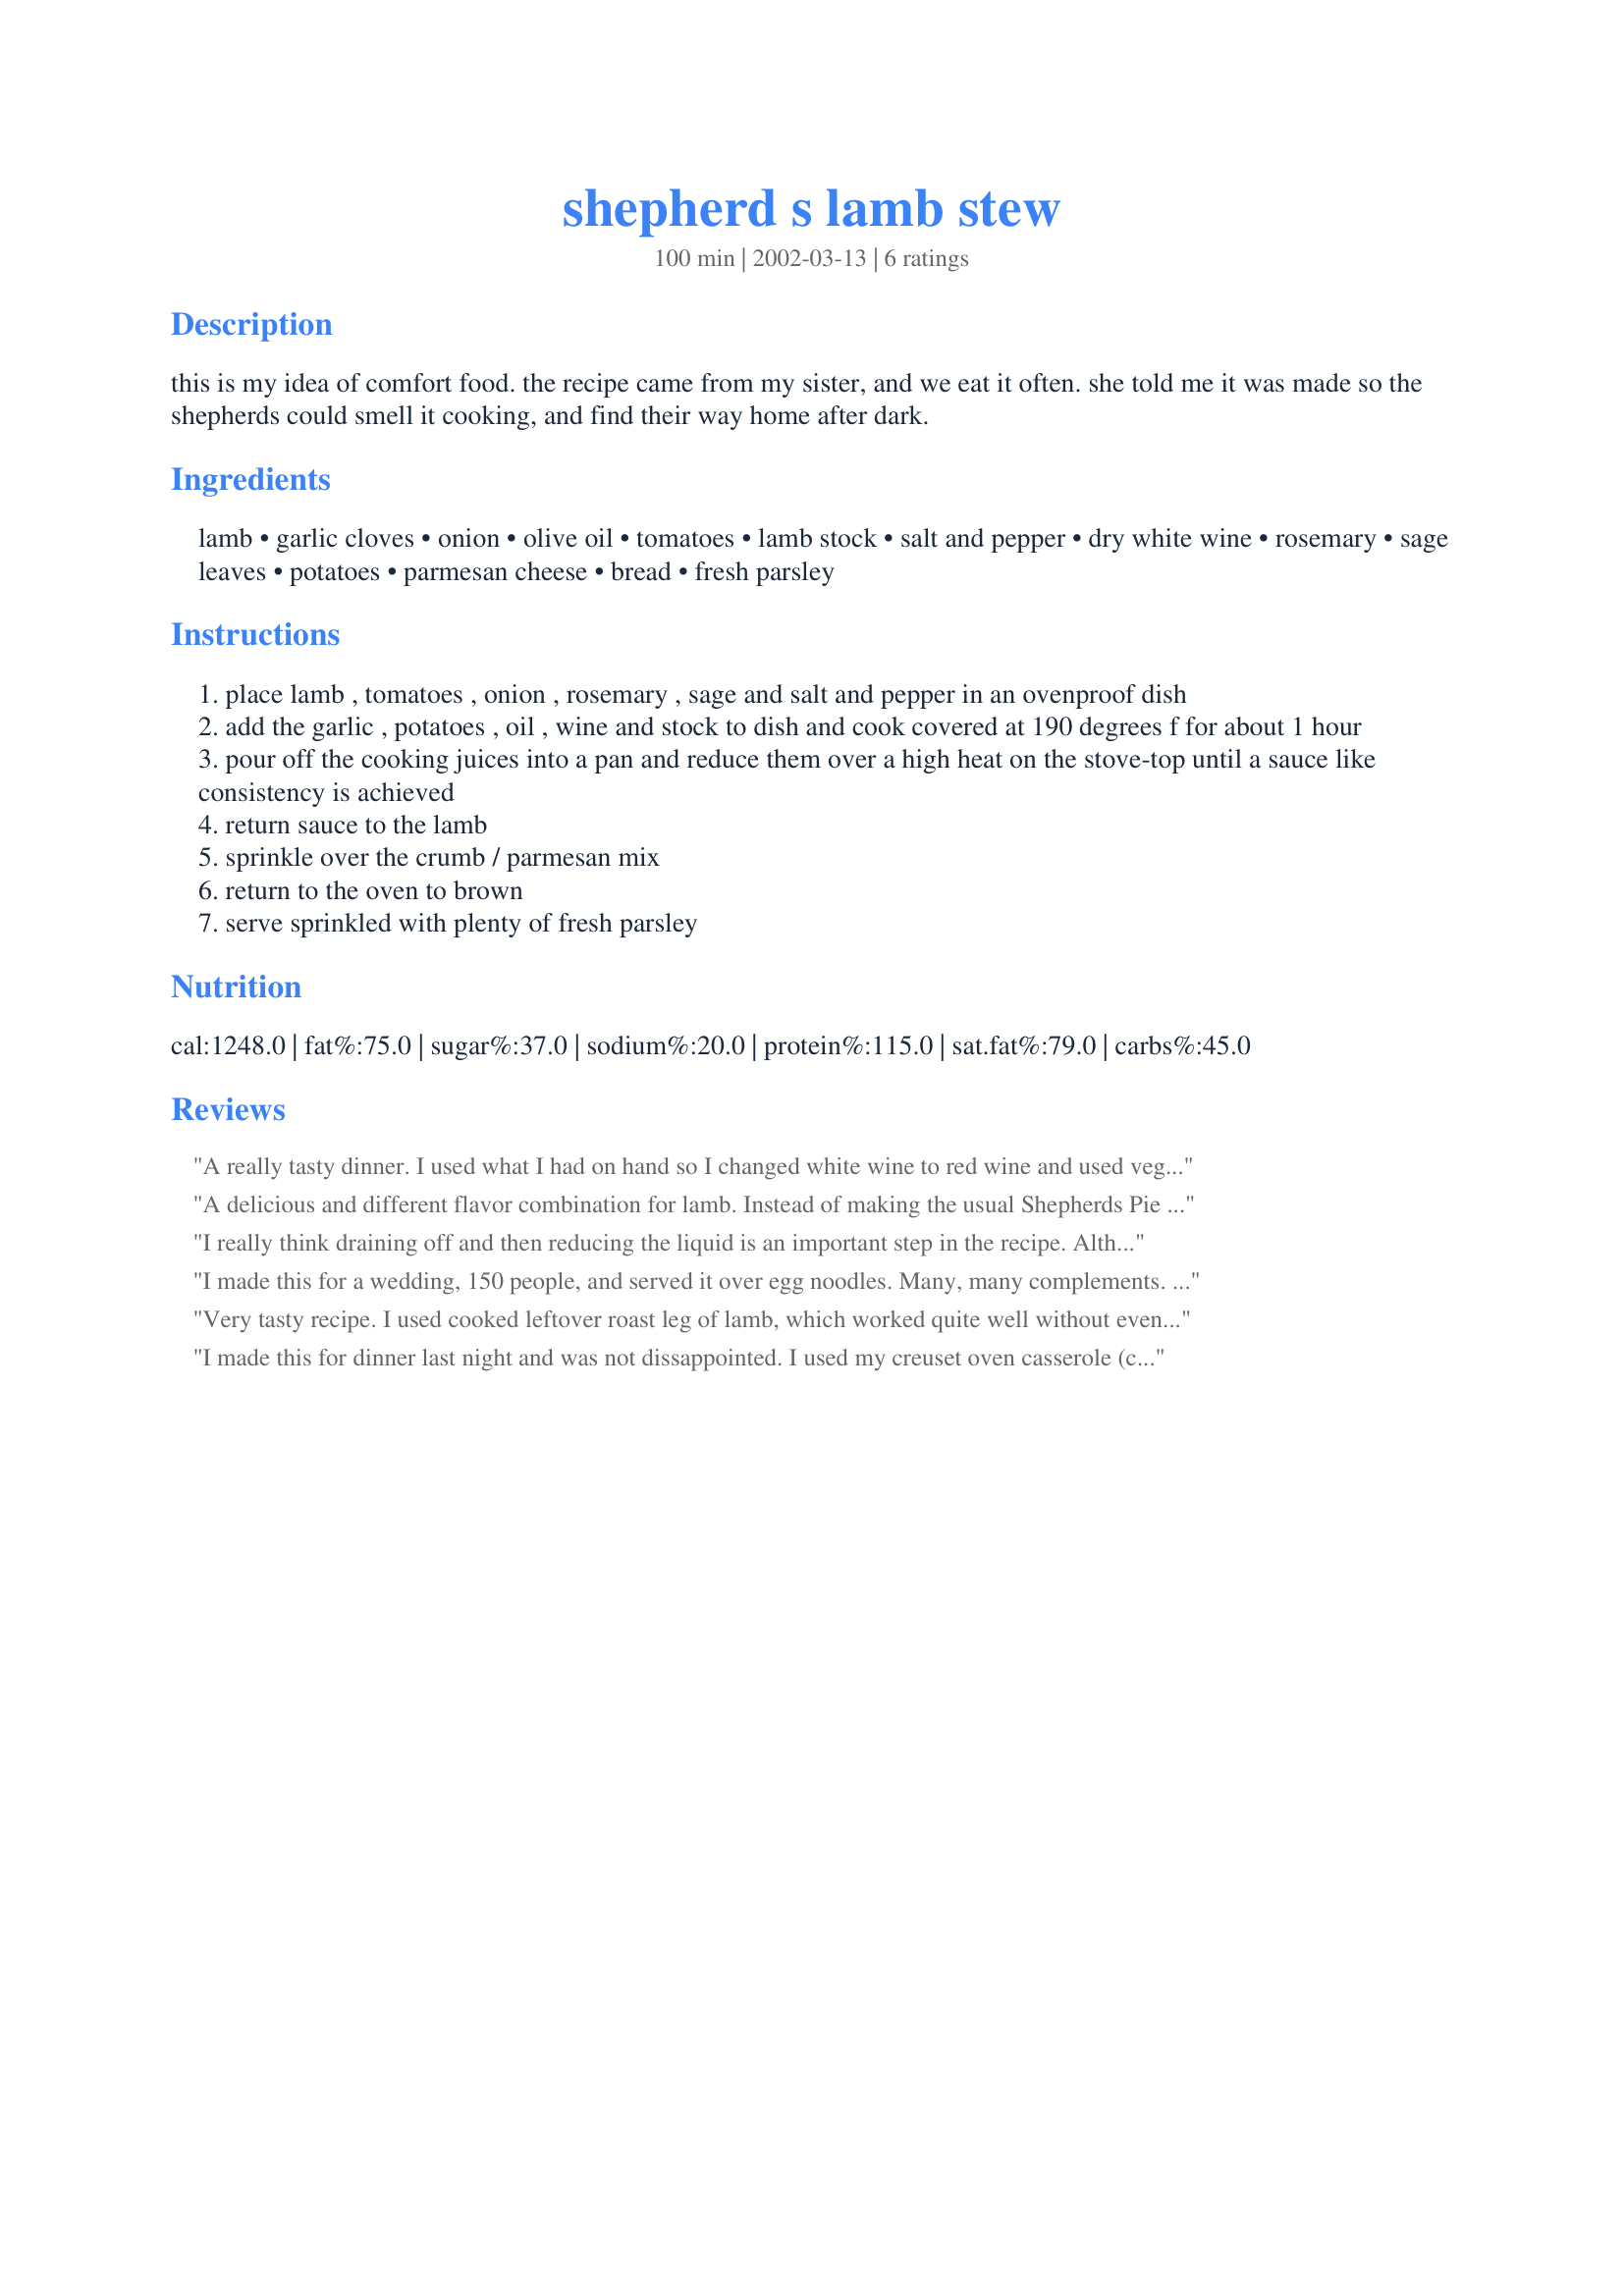
shepherd s lamb stew
Preparation time: 100 minutes

this is my idea of comfort food. the recipe came from my sister, and we eat it often. she told me it was made so the shepherds could smell it cooking, and find their way home after dark.

Ingredients:
lamb, garlic cloves, onion, olive oil, tomatoes, lamb stock, salt and pepper, dry white wine, rosemary, sage leaves, potatoes, parmesan cheese, bread, fresh parsley

Steps:
place lamb , tomatoes , onion , rosemary , sage and salt and pepper in an ovenproof dish
add the garlic , potatoes , oil , wine and stock to dish and cook covered at 190 degrees f for about 1 hour
pour off the cooking juices into a pan and reduce them over a high heat on the stove-top until a sauce like consistency is achieved
return sauce to the lamb
sprinkle over the crumb / parmesan mix
return to the oven to brown
serve sprinkled with plenty of fresh parsley

Reviews:
A really tasty dinner. I used what I had on hand so I changed white wine to red wine and used vegetable stock. Also I couldn't get any tiny potatoes so I used larger ones cut into quarters. I also substited fresh tomatoes for canned. It turned out great and the sauce was so delicious!
I served this with steamed sliced zucchini.
A delicious and different flavor combination for lamb. Instead of making the usual Shepherds Pie with leftover lamb, I halved this recipe, used leftover gravy instead of stock and cut up russet potatoes. I cooked the stew in a cast iron dutch oven for 45 minutes and didn't need to reduce the cooking juices.I substituted fresh grated Romano cheese.
I will make the original recipe but I think I will dredge the lamb in flour and brown it in the oil to avoid having to reduce the sauce.
If you like lamb, you will love this dish.
I really think draining off and then reducing the liquid is an important step in the recipe. Although it would be easier to just to thicken it, I don't think you would get the same intense flavours that you do with a reduction.
I made this for a wedding, 150 people, and served it over egg noodles. Many, many complements. Fantastic recipe.
Very tasty recipe. I used cooked leftover roast leg of lamb, which worked quite well without even modifying the cook time. The only other substitution was a can of diced tomatos as fresh aren't in season yet. I think I like this better than the original roast!
I made this for dinner last night and was not dissappointed. I used my creuset oven casserole (cast iron) so had no need to thicken the sauce. It was lovely, flavourful and thick. I too, used canned tomatoes as I did not have any fresh ones. I also used baby red potatoes as we don't get pink ones here, wasn't sure whether I should peel them or not, so didn't and it was fine. I did flour, season, and brown the lamb cubes first in a little butter and olive oil. I used neck of lamb. This was a very delicious stew and the crumb topping was an extra special touch! Thanks Jan, I know I will make this again!
